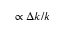
\propto \Delta k / k